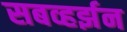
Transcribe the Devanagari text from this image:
सबव्हर्झन